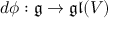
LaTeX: d \phi : { \mathfrak { g } } \to { \mathfrak { g l } } ( V )